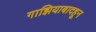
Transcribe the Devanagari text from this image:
गाझियाबादहून